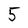
Character: 5